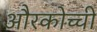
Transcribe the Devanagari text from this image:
औरकोच्ची